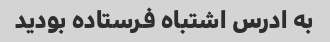
به ادرس اشتباه فرستاده بودید